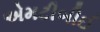
એમટીબીઈ